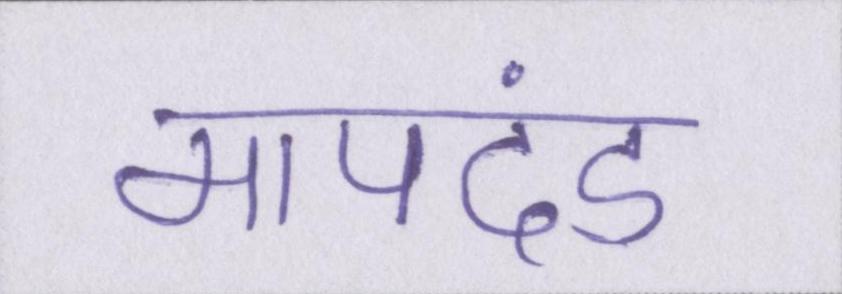
मापदंड